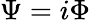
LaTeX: \Psi=i\Phi